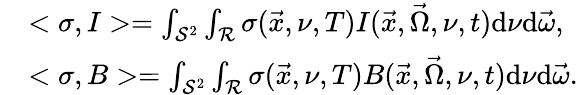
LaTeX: \begin{array}{rl}&{<\sigma,I>=\int_{\mathcal{S}^{2}}\int_{\mathcal{R}}\sigma(\vec{x},\nu,T)I(\vec{x},\vec{\Omega},\nu,t)\mathrm{d}\nu\mathrm{d}\vec{\omega},}\\ &{<\sigma,B>=\int_{\mathcal{S}^{2}}\int_{\mathcal{R}}\sigma(\vec{x},\nu,T)B(\vec{x},\vec{\Omega},\nu,t)\mathrm{d}\nu\mathrm{d}\vec{\omega}.}\end{array}